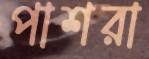
পাশরা